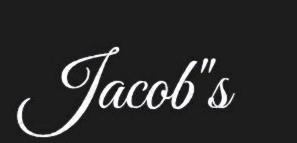
Jacob"s